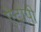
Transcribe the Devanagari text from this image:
ऐटोपी